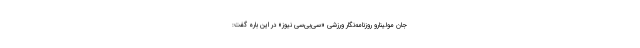
جان مولینارو روزنامه‌نگار ورزشی «سی‌بی‌سی نیوز» در این باره گفت: